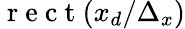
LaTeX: \mathrm{~r~e~c~t~}(x_{d}/\Delta_{x})